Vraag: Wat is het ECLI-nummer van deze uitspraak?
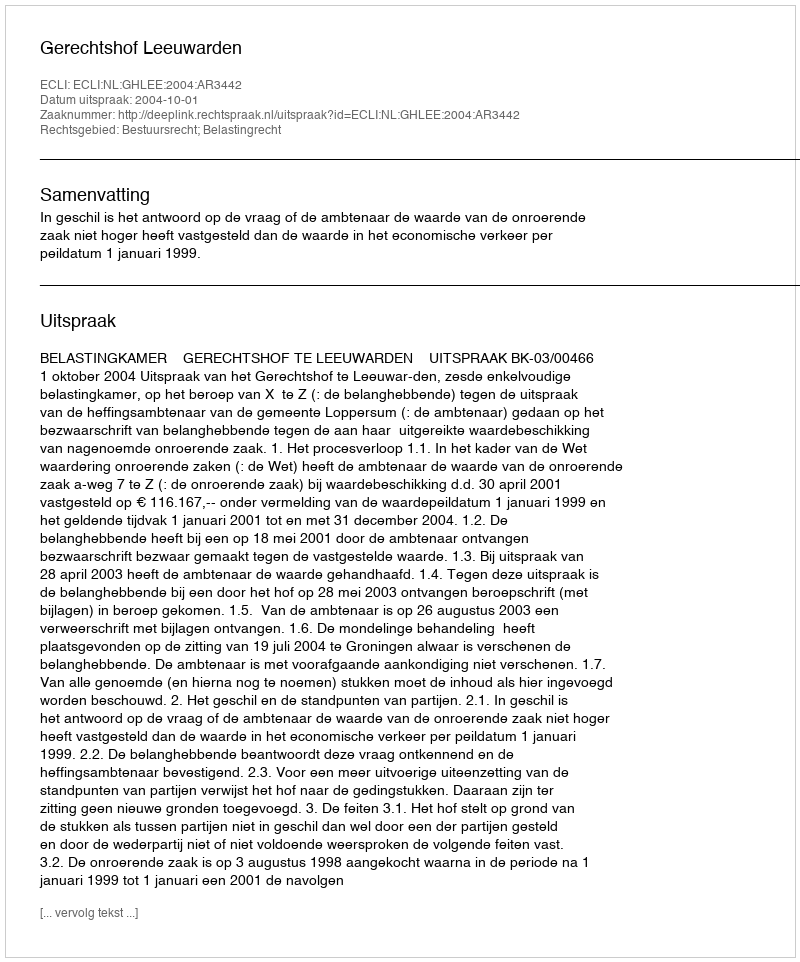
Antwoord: ECLI:NL:GHLEE:2004:AR3442